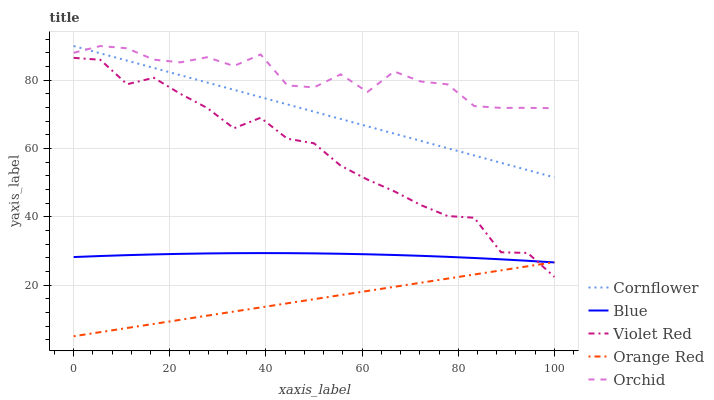
| xaxis_label | Cornflower | Blue | Violet Red | Orange Red | Orchid |
 | --- | --- | --- | --- | --- | --- |
 | 0 | 90 | 28.2 | 86.5 | 5 | 88 |
 | 5.56 | 87.9 | 28.5 | 86 | 6.21 | 90 |
 | 11.1 | 85.7 | 28.8 | 78.8 | 7.41 | 89.3 |
 | 16.7 | 83.6 | 29 | 80.7 | 8.62 | 86 |
 | 22.2 | 81.4 | 29.1 | 76 | 9.82 | 85.2 |
 | 27.8 | 79.3 | 29.3 | 71.9 | 11 | 86.7 |
 | 33.3 | 77.2 | 29.3 | 65.9 | 12.2 | 84.1 |
 | 38.9 | 75 | 29.4 | 69 | 13.4 | 87.5 |
 | 44.4 | 72.9 | 29.3 | 62.9 | 14.6 | 78.5 |
 | 50 | 70.8 | 29.3 | 61.5 | 15.9 | 77.9 |
 | 55.6 | 68.6 | 29.2 | 54.9 | 17.1 | 81.7 |
 | 61.1 | 66.5 | 29 | 50.9 | 18.3 | 76.5 |
 | 66.7 | 64.3 | 28.8 | 47.5 | 19.5 | 82.5 |
 | 72.2 | 62.2 | 28.6 | 43.4 | 20.7 | 79.6 |
 | 77.8 | 60.1 | 28.3 | 40.2 | 21.9 | 78.8 |
 | 83.3 | 57.9 | 27.9 | 39.7 | 23.1 | 72.4 |
 | 88.9 | 55.8 | 27.5 | 29.6 | 24.3 | 71.9 |
 | 94.4 | 53.7 | 27.1 | 29.4 | 25.5 | 71.9 |
 | 100 | 51.5 | 26.6 | 22.4 | 26.7 | 71.8 |